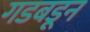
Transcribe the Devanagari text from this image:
गडबडून